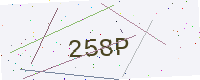
Text: 258P